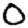
Digit: 0